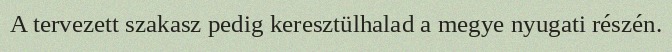
A tervezett szakasz pedig keresztülhalad a megye nyugati részén.